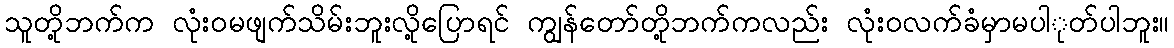
သူတို့ဘက်က လုံးဝမဖျက်သိမ်းဘူးလို့ပြောရင် ကျွန်တော်တို့ဘက်ကလည်း လုံးဝလက်ခံမှာမပာုတ်ပါဘူး။